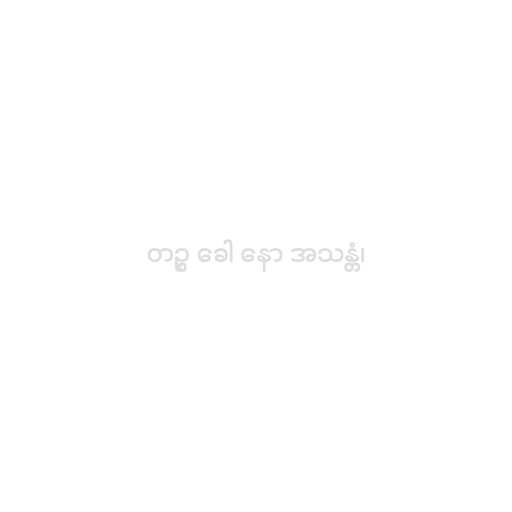
တဉ္စ ခေါ နော အသန္တံ၊